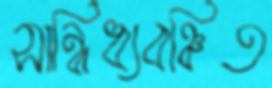
সান্নিধ্যবঞ্চিত